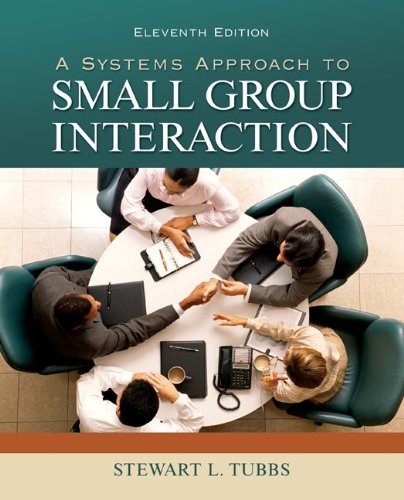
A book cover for A Systems Approach to Small Group Interaction; Stewart Tubbs; Reference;